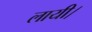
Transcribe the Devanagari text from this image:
लायी।